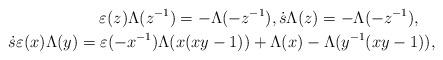
LaTeX: \begin{align*} \varepsilon(z)\Lambda(z^{-1})=-\Lambda(-z^{-1}) , \dot{s}\Lambda(z)=-\Lambda(-z^{-1}), \quad\\ \dot{s}\varepsilon(x)\Lambda(y)=\varepsilon(-x^{-1})\Lambda(x(xy-1))+\Lambda(x)-\Lambda(y^{-1}(xy-1)),\end{align*}